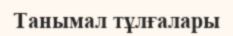
Танымал тұлғалары